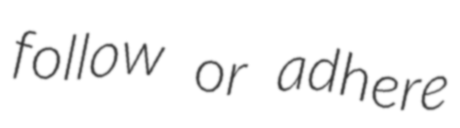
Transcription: follow or adhere